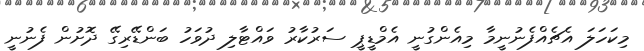
މިކަހަލަ އެޗެއްފެނުނީމާ މިއެންގުނީ އެމްޑީޕީ ސަރުކާރު ވައްޓާލި ދުވަހު ބަންޑޭރިގޭ ދޮށުން ފެނުނީ